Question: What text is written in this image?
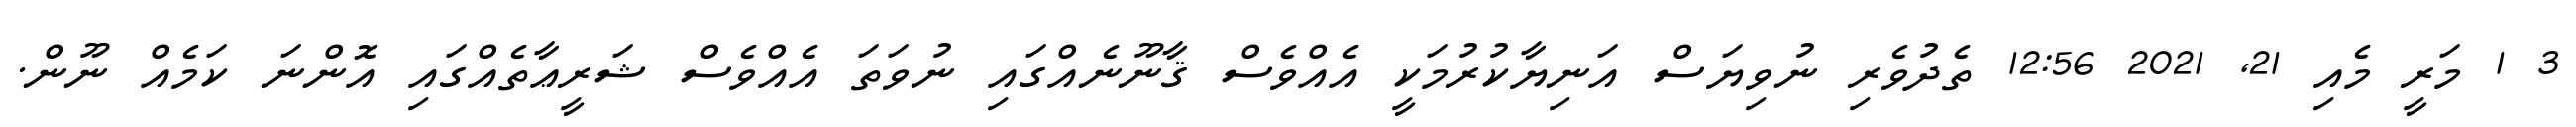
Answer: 3 1 މަރީ މެއި 21, 2021 12:56 ތެދުވެރި ނުވިޔަސް އަނިޔާކުރުމަކީ އެއްވެސް ޤާނޫނެއްގައި ނުވަތަ އެއްވެސް ޝަރީޢާތެއްގައި އޮންނަ ކަމެއް ނޫން.